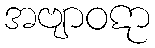
အဗျာဝဋာ